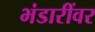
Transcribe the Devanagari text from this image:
भंडारींवर